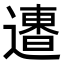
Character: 𨗐